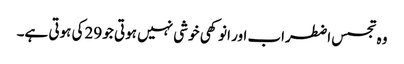
وہ تجسس اضطراب اور انوکھی خوشی نہیں ہوتی جو 29کی ہوتی ہے۔